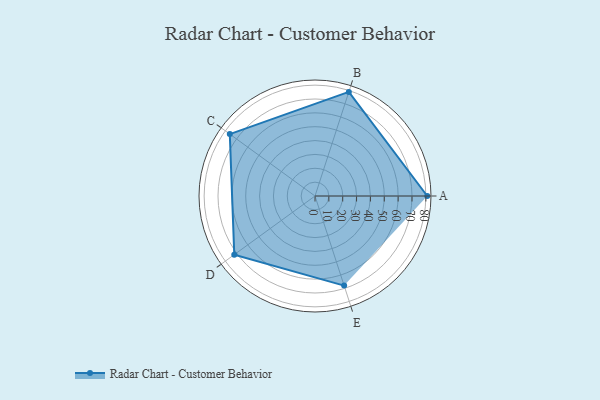
{"axis": {"x": "Skill", "y": "Score"}, "legend": ["Profile"], "data": [{"x": "A", "y": 81.0, "type": "Profile"}, {"x": "B", "y": 79.0, "type": "Profile"}, {"x": "C", "y": 76.0, "type": "Profile"}, {"x": "D", "y": 72.0, "type": "Profile"}, {"x": "E", "y": 68.0, "type": "Profile"}]}